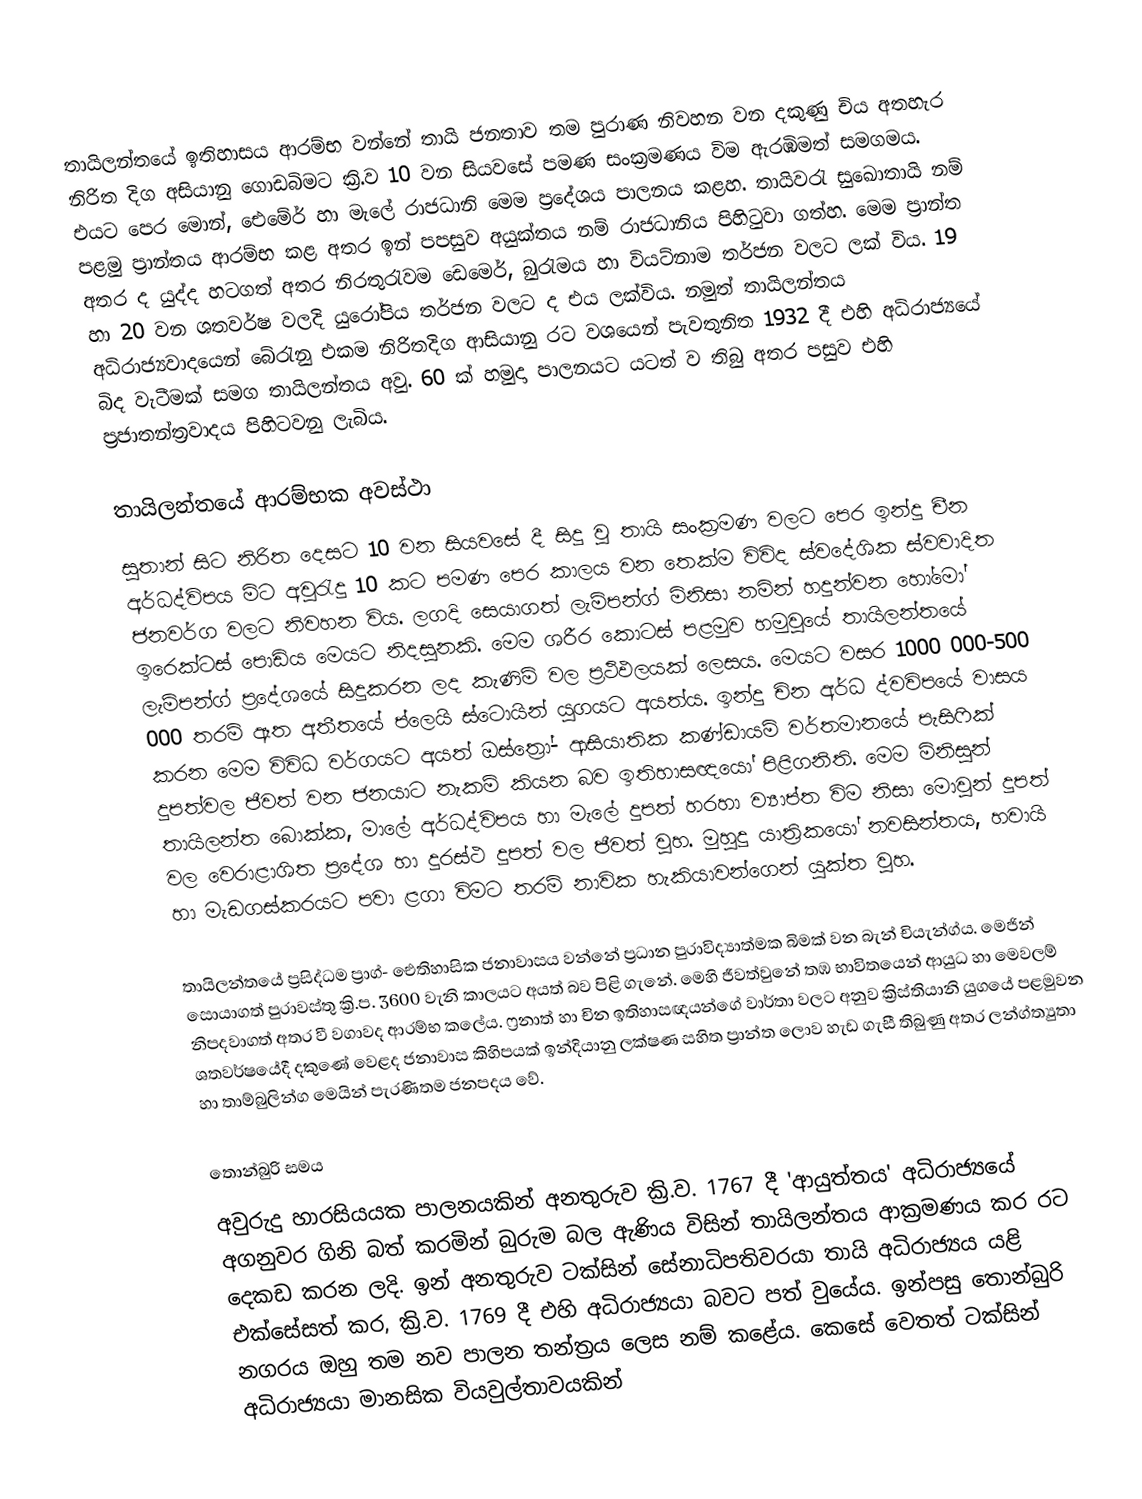
තායිලන්තයේ ඉතිහාසය ආරම්භ වන්නේ තායි ජනතාව තම පුරාණ නිවහන වන දකුණු චිය අතහැර නිරිත දිග අසියානු ගොඩබිමට ක්‍රි.ව 10 වන සියවසේ පමණ සංක්‍රමණය විම ඇරඹිමත් සමගමය. එයට පෙර මොන්, ඓමේර් හා මැලේ රාජධානි මෙම ප්‍රදේශය පාලනය කළහ. තායිවරැ සුඛොතායි නම් පළමු ප්‍රාන්තය ආරම්භ කළ අතර ඉන් පපසුව අයුක්තය නම් රාජධානිය පිහිටුවා ගත්හ. මෙම ප්‍රාන්ත අතර ද යුද්ද හටගත් අතර නිරතුරැවම ඩෙමෙර්, බුරැමය හා වියට්නාම තර්ජන වලට ලක් විය. 19 හා 20 වන ශතවර්ෂ වලදි යුරෝපිය තර්ජන වලට ද එය ලක්විය. නමුත් තායිලන්තය අධිරාජ්‍යවාදයෙන් බේරැනු එකම නිරිතදිග ආසියානු රට වශයෙන් පැවතුනිත 1932 දී එහි අධිරාජ්‍යයේ බිද වැටීමක් සමග තායිලන්තය අවු. 60 ක් හමුදා පාලනයට යටත් ව තිබු අතර පසුව එහි ප්‍ර‍ජාතන්ත්‍රවාදය පිහිටවනු ලැබිය.

තායිලන්තයේ ආරම්භක අවස්ථා
සුතාන් සිට නිරිත දෙසට 10 වන සියවසේ දී සිදු වු තායි සංක්‍රමණ වලට පෙර ඉන්දු චීන අර්ධද්විපය මිට අවුරැදු 10 කට පමණ පෙර කාලය වන තෙක්ම විවිද ස්ව‍‍‍දේශික ස්වවාදිත ජනවර්ග වලට නිවහන විය. ලගදි සෙයාගත් ලැම්පන්‍ග් මිනිසා නමින් හදුන්වන හො‍්මෝ ඉරෙක්ටස් පොඩිය මෙයට නිදසුනකි.  මෙම ශරීර කොටස් පළමුව හමුවුයේ තායිලන්තයේ ලැම්පන්ග් ප්‍රදේශයේ සිදුකරන ලද කැණිම් වල ප්‍රථිඵලයක් ලෙසය. මෙයට ‍වසර 1000 000-500 000 තරම් ඈත අතීතයේ ප්ලෙයි ස්ටොයින් යුගයට අයත්ය. ඉන්දු චින අර්ධ ද්වවිපයේ වාසය කරන මෙම විවිධ වර්ගයට අයත් ඔස්ත්‍රෝ- ආසියාතික කණ්ඩායම් වර්තමානයේ පැසිෆික් දුපත්වල ජීවත් වන ජනයාට නැකම් කියන බව ඉතිහාසඥයෝ පිළිගනිති. මෙම මිනිසුන් තායිලන්ත බොක්ක, මාලේ අර්ධද්විපය හා මැලේ දුපත් හරහා ව්‍යාප්ත විම නිසා මොවුන් දුපත් වල වෙරාළාශිත ප්‍රදේශ හා දුරස්ථ දුපත් වල ජීවත් වුහ. මුහුදු යාත්‍රිකයෝ නවසින්තය, හවායි හා මැඩගස්කරයට පවා ළගා විමට තරම් නාවික හැකියාවන්ගෙන් යුක්ත වුහ.

තායිලන්තයේ ප්‍රසිද්ධම ප්‍රාග්- ඓතිහාසික ජනාවාසය වන්නේ ප්‍රධාන පුරාවිද්‍යාත්මක බිමක් වන බැන් චියැන්ග්ය. මෙජින් සොයාගත් පුරාවස්තු ක්‍රි.ප. 3600 වැනි කාලයට අයත් බව පිළි ගැනේ. මෙහි ජීවත්වුනේ තඹ භාවිතයෙන් ආයුධ හා මෙවලම් නිපදවාගත් අතර වී වගාවද ආරම්භ කලේය. ෆ්‍රනාත් හා චින ඉතිහාසඥයන්ගේ වාර්තා වලට අනුව ක්‍රිස්තියානි යුගයේ පළමුවන ශතවර්ෂයේදී දකුණේ වෙළද ජනාවාස කිහිපයක් ඉන්දියානු ලක්ෂණ සහිත ප්‍රාන්ත ලොව හැඩ ගැසී තිබුණු අතර ලන්ග්ත්‍යුතා හා තාම්බුලින්ග මෙයින් පැරණිතම ජනපදය වේ.

තොන්බුරි සමය
අවුරුදු හාරසියයක පාලනයකින් අනතුරුව ක්‍රි.ව. 1767 දී 'ආයුත්තය' අධිරාජ්‍යයේ අගනුවර ගිනි බත් කරමින් බුරුම බල ඇණිය විසින් තායිලන්තය ආක්‍රමණය කර රට දෙකඩ කරන ලදි. ඉන් අනතුරුව ටක්සින් සේනාධිපතිවරයා තායි අධිරාජ්‍යය යළි එක්සේසත් කර, ක්‍රි.ව. 1769 දී එහි අධිරාජ්‍යයා බවට පත් වුයේය. ඉන්පසු තොන්බුරි නගරය ඔහු තම නව පාලන තන්ත්‍රය ලෙස නම් කළේය. කෙසේ වෙතත් ‍ටක්සින් අධිරාජ්‍යයා මානසික වියවුල්තාවයකින්